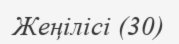
Жеңілісі (30)